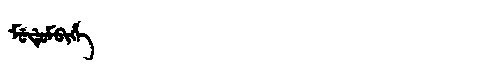
Manchu: ᠮᡠᡩᡠᠮᠪᡳᡥᡝ
Romanization: MUDUMBIHE